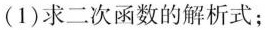
(1)求二次函数的解析式；